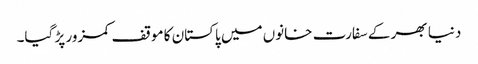
دنیا بھر کے سفارت خانوں میں پاکستان کا موقف کمزور پڑ گیا۔